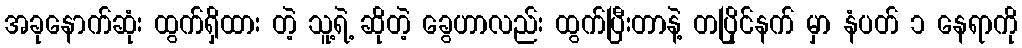
အခုနောက်ဆုံး ထွက်ရှိထား တဲ့ သူ့ရဲ့ ဆိုတဲ့ ခွေဟာလည်း ထွက်ပြီးတာနဲ့ တပြိုင်နက် မှာ နံပတ် ၁ နေရာကို